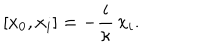
LaTeX: [ x _ { 0 } , x _ { i } ] = - \frac { i } \kappa \, x _ { i } .